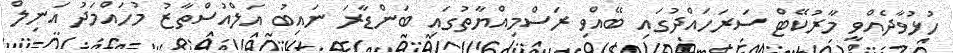
ހުޅުވާދެއްވީ މާރުކޭޓް ސަރަހައްދުގައި ބޭއްވި ރަސްމިއްޔާތުގައި ބަންޑާރަ ނައިބު އަލްއުސްތާޒު މުހައްމަދު އަނިލް